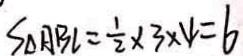
S \Delta A B C = \frac { 1 } { 2 } \times 3 \times 4 = 6